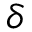
\delta